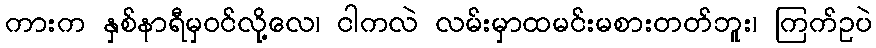
ကားက နှစ်နာရီမှဝင်လို့လေ၊ ငါကလဲ လမ်းမှာထမင်းမစားတတ်ဘူး၊ ကြက်ဥပဲ